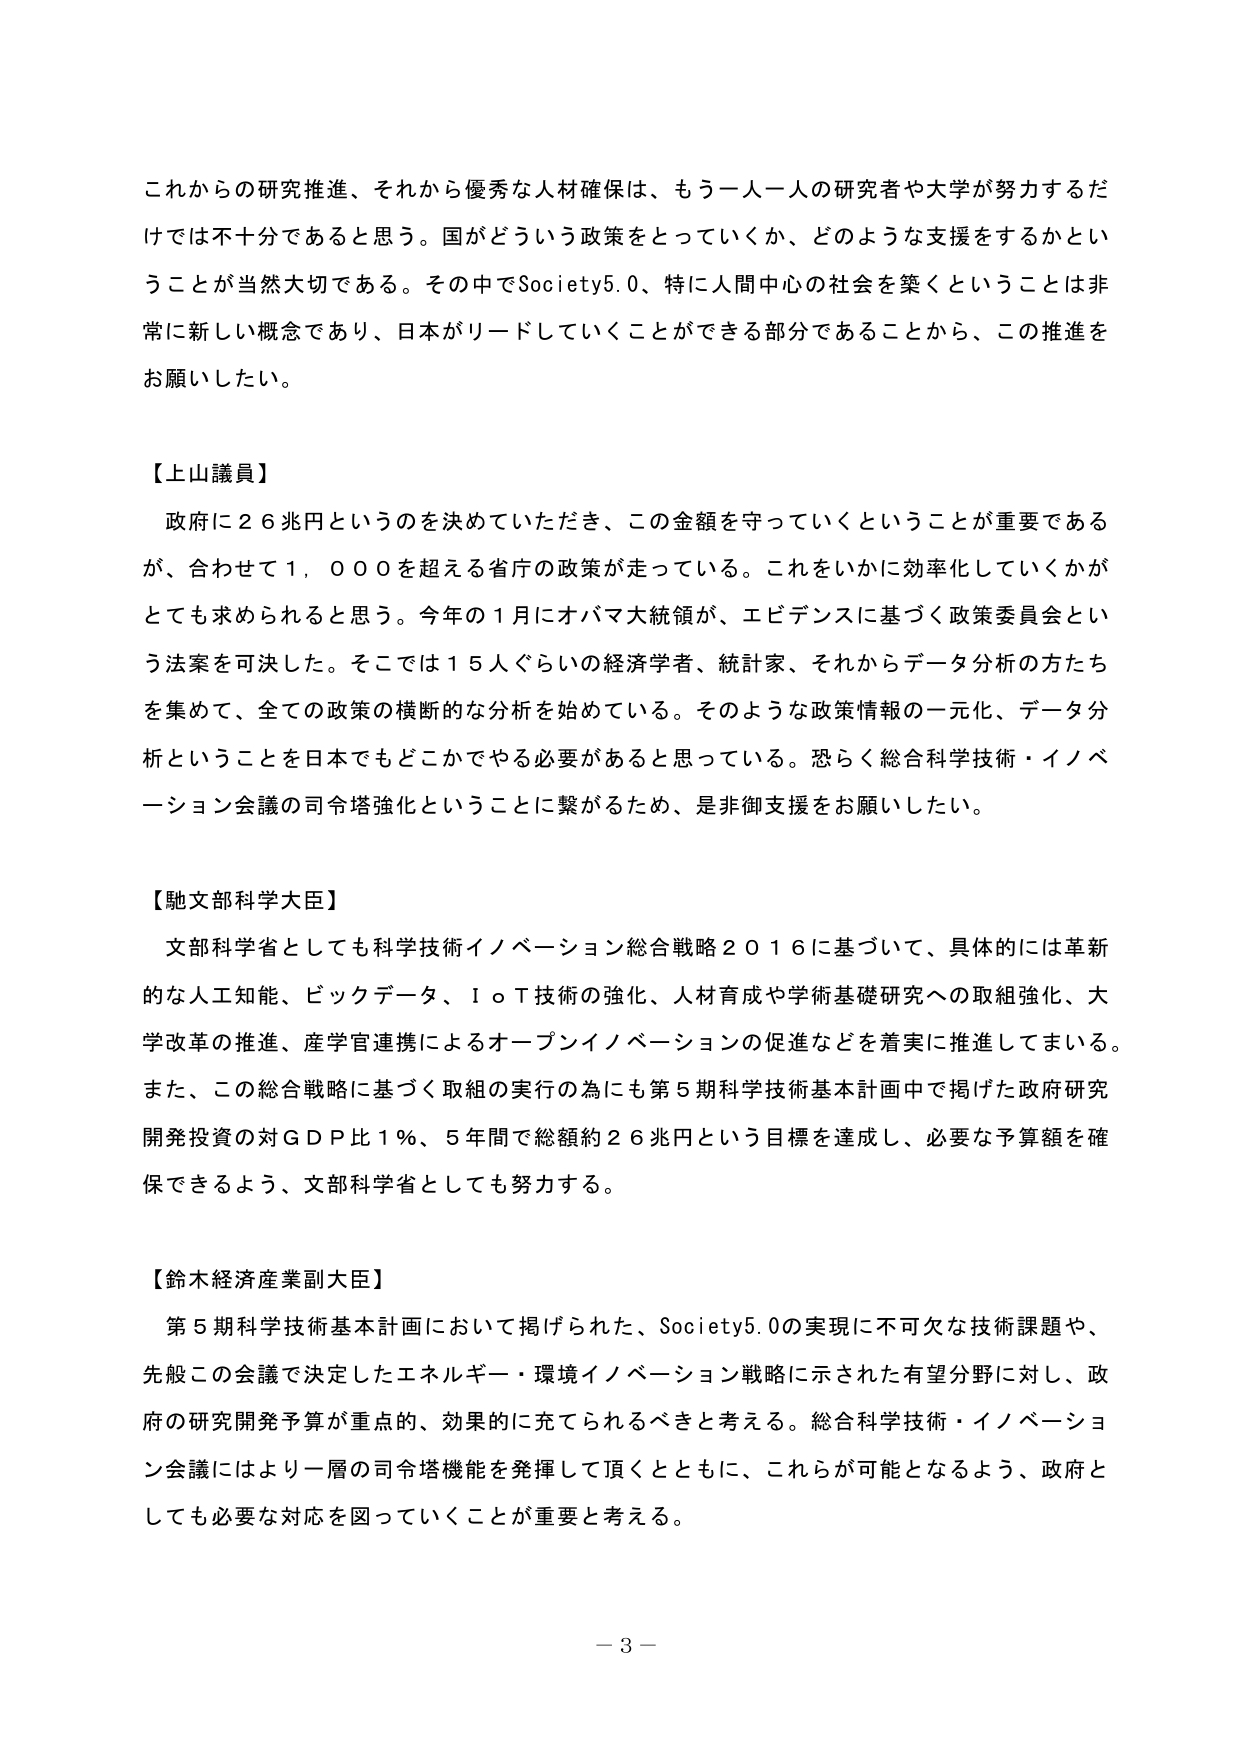
これからの研究推進、それから優秀な人材確保は、もう一人一人の研究者や大学が努力するだけでは不十分であると思う。国がどういう政策をとっていくか、どのような支援をするかということが当然大切である。その中でSociety5.0、特に人間中心の社会を築くということは非常に新しい概念であり、日本がリードしていくことができる部分であることから、この推進をお願いしたい。

【上山議員】
政府に26兆円というのを決めていただき、この金額を守っていくということが重要であるが、合わせて1,000を超える省庁の政策が走っている。これをいかに効率化していくかがとても求められると思う。今年の1月にオバマ大統領が、エビデンスに基づく政策委員会という法案を可決した。そこでは15人ぐらいの経済学者、統計家、それからデータ分析の方たちを集めて、全ての政策の横断的な分析を始めている。そのような政策情報の一元化、データ分析ということを日本でもどこかでやる必要があると思っている。恐らく総合科学技術・イノベーション会議の司令塔強化ということに繋がるため、是非御支援をお願いしたい。

【馳文部科学大臣】
文部科学省としても科学技術イノベーション総合戦略2016に基づいて、具体的には革新的な人工知能、ビッグデータ、IoT技術の強化、人材育成や学術基礎研究への取組強化、大学改革の推進、産学官連携によるオープンイノベーションの促進などを着実に推進してまいる。また、この総合戦略に基づく取組の実行の為にも第5期科学技術基本計画中で掲げた政府研究開発投資の対GDP比1%、5年間で総額約26兆円という目標を達成し、必要な予算額を確保できるよう、文部科学省としても努力する。

【鈴木経済産業副大臣】
第5期科学技術基本計画において掲げられた、Society5.0の実現に不可欠な技術課題や、先般この会議で決定したエネルギー・環境イノベーション戦略に示された有望分野に対し、政府の研究開発予算が重点的、効果的に充てられるべきと考える。総合科学技術・イノベーション会議にはより一層の司令塔機能を発揮して頂くとともに、これらが可能となるよう、政府としても必要な対応を図っていくことが重要と考える。

－3－